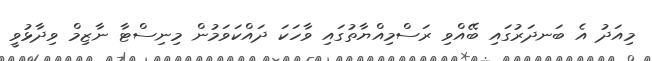
މިއަދު އެ ބަނދަރުގައި ބޭއްވި ރަސްމިއްޔާތުގައި ވާހަކަ ދައްކަވަމުން މިނިސްޓާ ނާޒިމް ވިދާޅުވީ